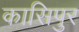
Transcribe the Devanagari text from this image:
कासिपुर